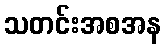
သတင်းအစအန